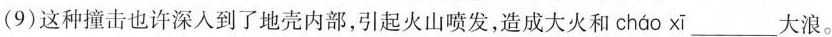
(9)这种撞击也许深入到了地壳内部，引起火山喷发，造成大火和 cháo xī ___大浪。